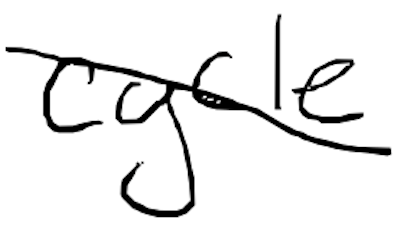
Text: cycle
Cross-out: diagonal
Writing tool: digital_black